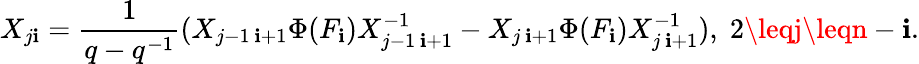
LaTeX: X_{j\mathbf{i}}=\frac{{1}}{{q-q^{-1}}}(X_{j-1\, \mathbf{i}+1}\Phi(F_{\mathbf{i}})X_{j-1\, \mathbf{i}+1}^{-1}-X_{j\, \mathbf{i}+1}\Phi(F_{\mathbf{i}})X_{j\, \mathbf{i}+1}^{-1}),\; 2\leqj\leqn-\mathbf{i}.